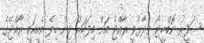
ސަފީރު ނޮބްހީޓޯ ވިދާޅުވީ ރާއްޖެ އަށް މިފަހަރު ދިން ހިލޭ އެހީއަކީ ރާއްޖޭގެ